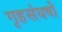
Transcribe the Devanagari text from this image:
गृहसंघर्षों